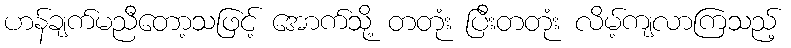
ဟန်ချက်မညီတော့သဖြင့် အောက်သို့ တတုံး ပြီးတတုံး လိမ့်ကျလာကြသည့်